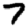
Digit: 7